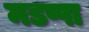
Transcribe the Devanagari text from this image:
मडप्पा